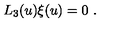
L _ { 3 } ( u ) \xi ( u ) = 0 \ .